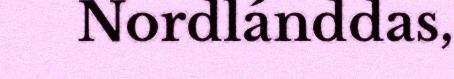
Nordlánddas,